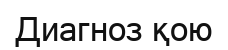
Диагноз қою